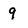
Character: 9